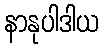
နာနုပါဒါယ